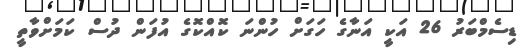
ޑިސެމްބަރު 26 އަކީ އަނާގެ ހަގަށް ހުންނަ ކޮއްކޮގެ އުފަން ދުސް ކަމަށްވާތީ